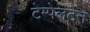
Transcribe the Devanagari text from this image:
टेम्पेलटन